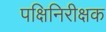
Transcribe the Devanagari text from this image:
पक्षिनिरीक्षक